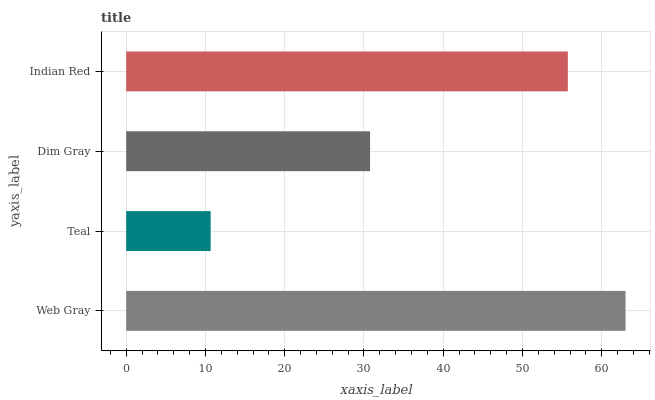
| yaxis_label | bars |
 | --- | --- |
 | Web Gray | 63 |
 | Teal | 10.7 |
 | Dim Gray | 30.8 |
 | Indian Red | 55.7 |